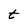
Character: t